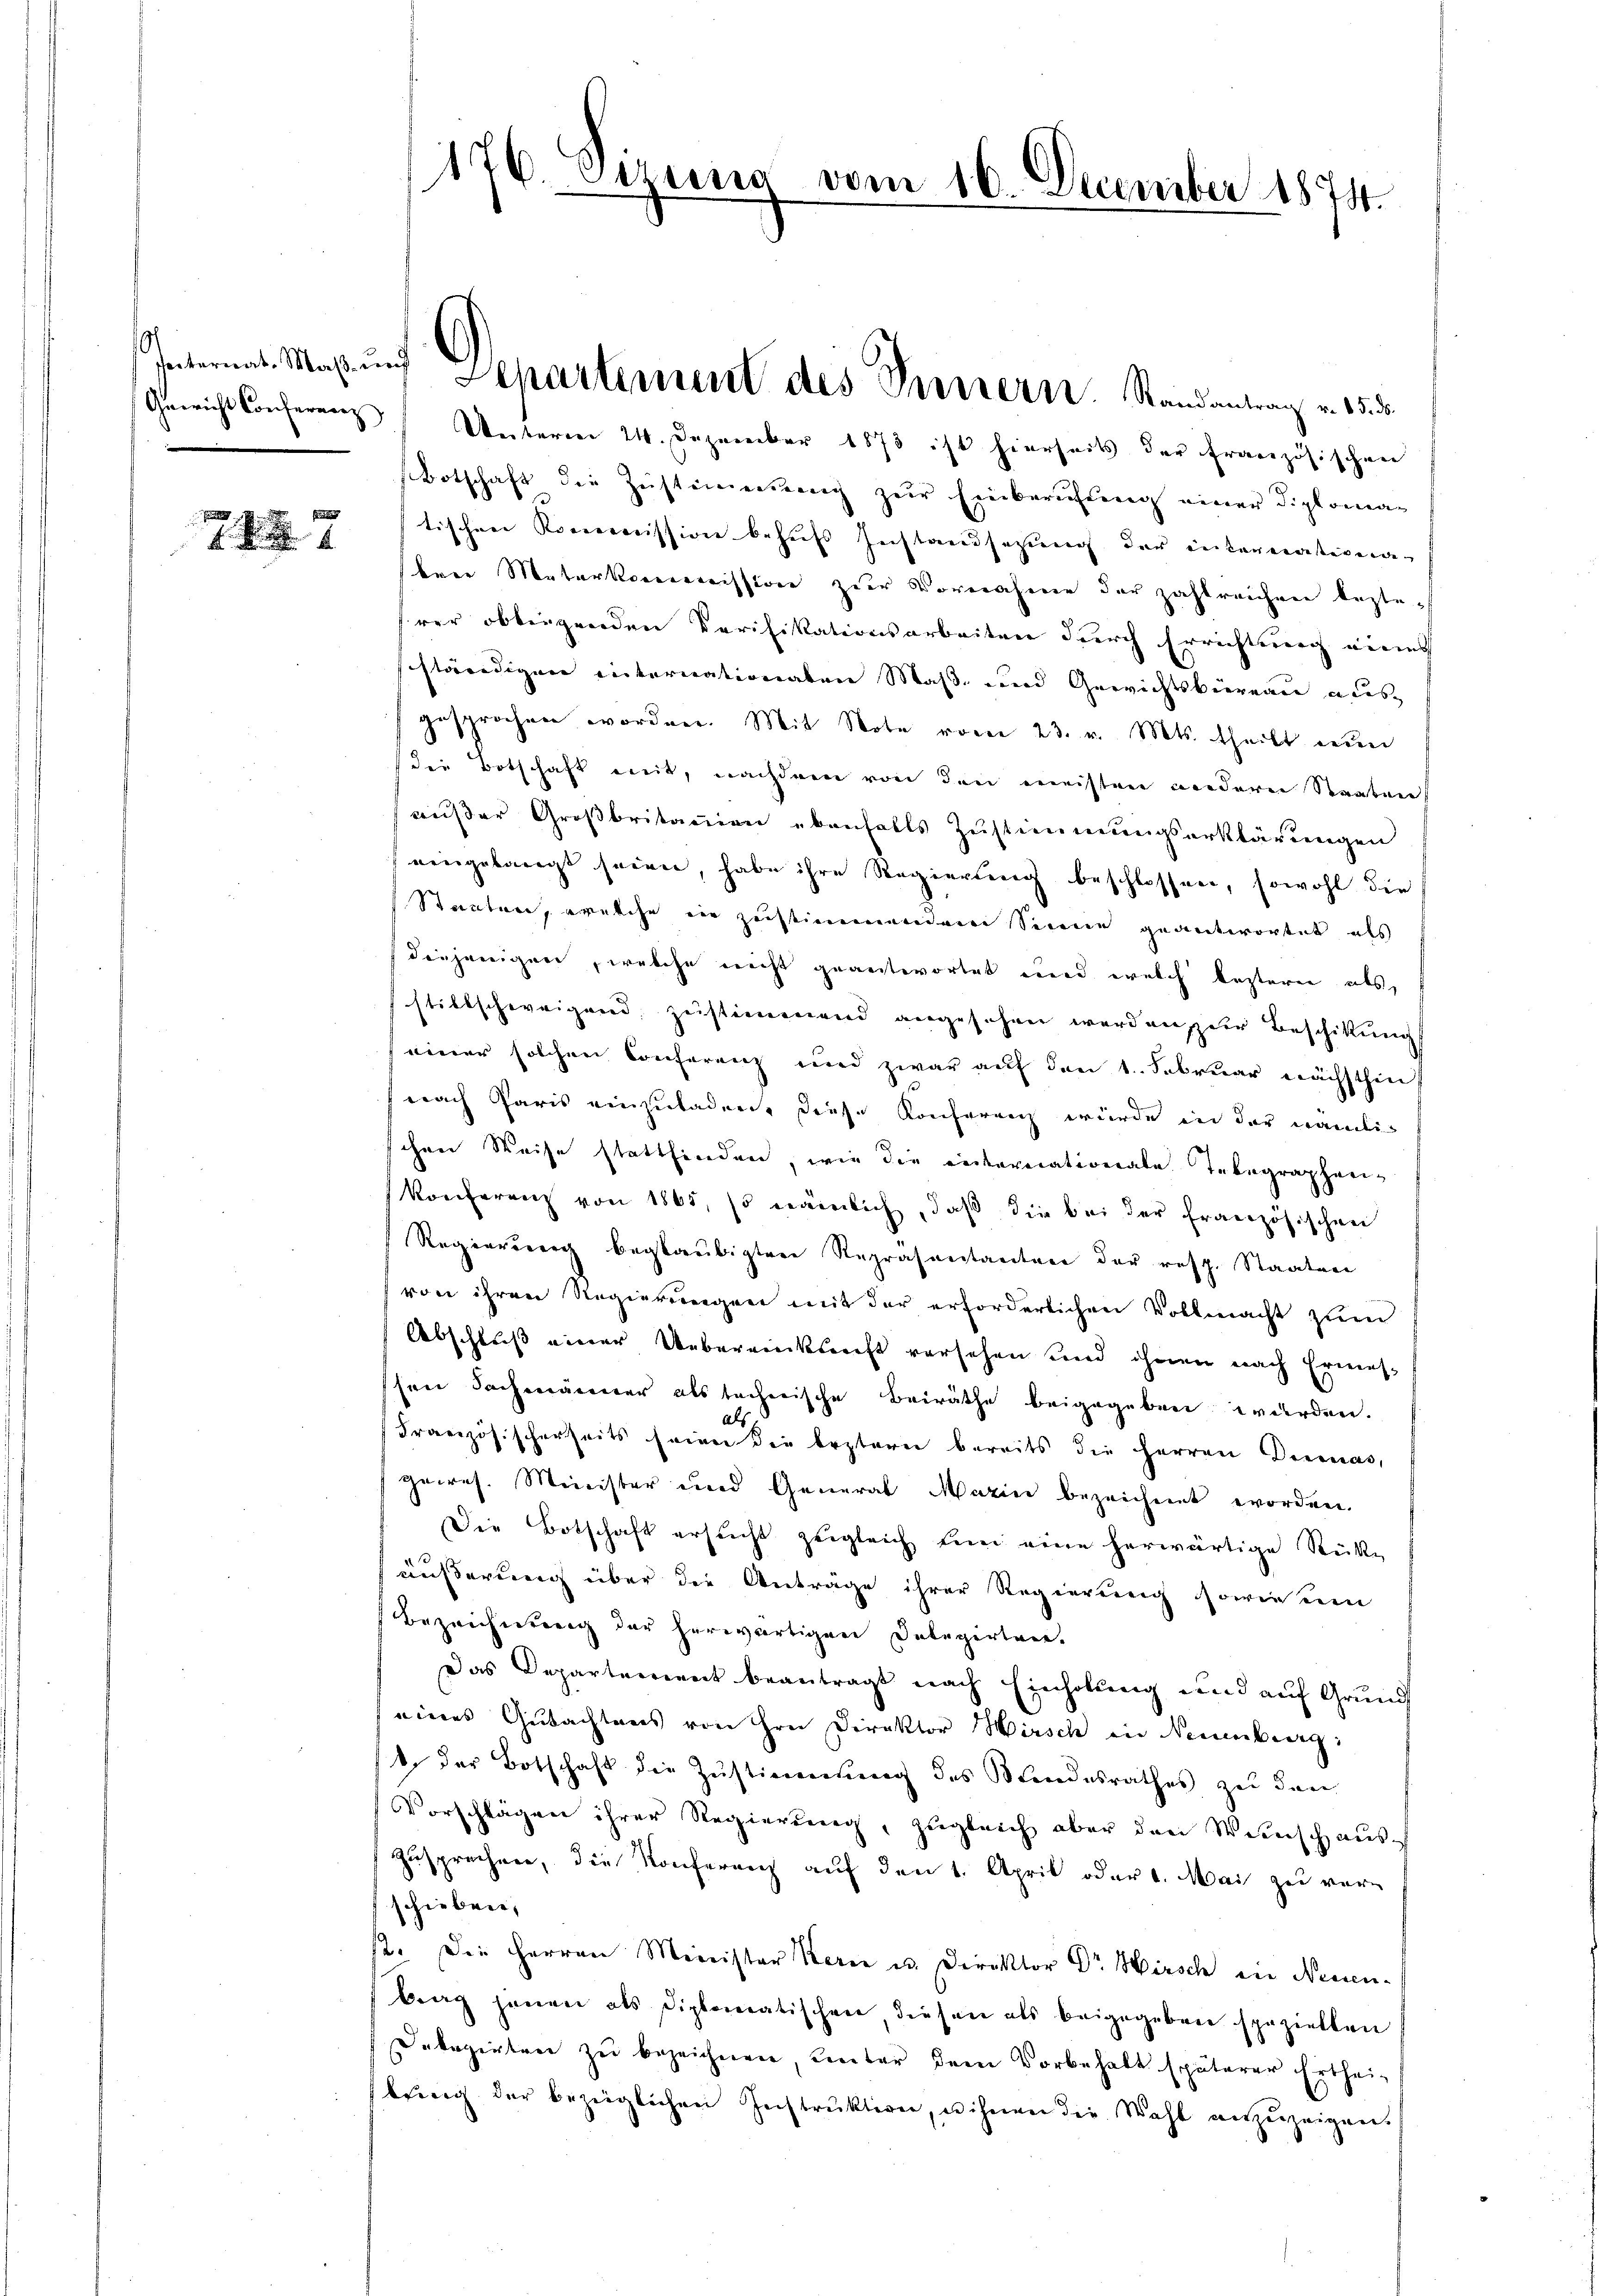
0

7

176. Vize

Geericht Conferenz Unterm 24. Dezember 1873 ist hierseits der französischen
Botschaft die Zustimmung zur Einberufung einer Diploma¬
 tischere Kommission behufs Zustandsazung der internativen
brer Materkommission zur Vornahme der zahlreichen besterer obliegenden Verifikationsarbeiten durch Errichtung eines
schländigen internationaten Maß- und Gewichtsbiereau ausgesprochen worden. Mit Note vom 23. v. Mts. theilt nŭn
die Botschaft mit, nachdem von den meisten anderer Staaten
ausser Großbritanien ebenfalls Zustimmungserklärungen
eingebaugt seien, habe ihre Regierung beschlossen, sowohl die
Staaten, welche in zustimmendem Sinne geantwortet als
diejenigen, welche nicht geantwortet und welch lezteren als
stillschweigend zustimmend angesehen werden, der Beschikungs
einer solchen Conferenz und zwar auf den 1. Februar nächsthinf
nach Paris einzuladen, diese Konferenz würde in der nämlich
schen Weise stattfinden, wie die einererationale Telegrapherikonferenz von 1865, so nämlich, daβ die bei der französischen
Regierung beglaubigten Repräsentanten der resp. Staaten
von ihren Regierŭngen mit der erforderlichen Vollmacht zŭm
Abschluß einer Uebereinkunft versehen und ihnen nach Ermes-
sen Fachmänner als technische Beiräthe beigegeben würden.
Französischerseits seien die lezteren bereits die Herren Decanas,
gewes. Minister und General Marin bezeichnet worden.
Die Botschaft ersŭcht zŭgleich den eine herwärtige Rücke
äußerung über die Anträge ihrer Regierung sowie um
Bezeichnung der herwärtigen Delegirten.
Das Departement beantragt nach Einholung und auf Grund
eines Gutachtens von Hrn Direktor Wirsch in Neuenburg:
1. der Botschaft die Zŭstimmung des Mindesrathes zu den
Vorschlägen ihrer Regierŭng, zŭgleich aber den Wünsch aŭs-
zusprechen, die Konferenz auf den 1. April oder 4. Mai zu verschieben,
st. Die Herren Minister Kern u. Direktor Dr Hirsch in Neuen-
bag jenen als diplomatischen, diesen als beigegeben speziellen
Dekazirten zu bezeichnen, unter dem Vorbehalt späterer Erthei-
bung der bezeiglichen Instruktion, u ihnen die Wahl anzuzeigen.

Paternat. Maß und Departement des Pressern. Randantrag v. 15. ds.

vom 16. December 1874.